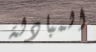
المبادلة